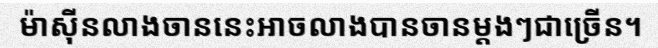
ម៉ាស៊ីនលាងចាននេះអាចលាងបានចានម្តងៗជាច្រើន។